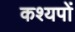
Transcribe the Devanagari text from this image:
कश्यपों